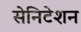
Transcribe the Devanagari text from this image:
सेनिटेशन